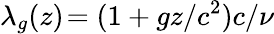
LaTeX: \lambda_{g}(z)\! =(1+gz/c^{2})c/\nu